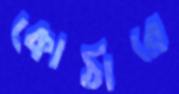
কোঠারে